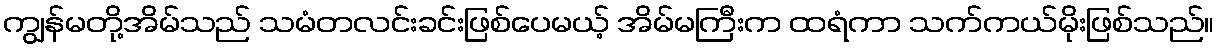
ကျွန်မတို့အိမ်သည် သမံတလင်းခင်းဖြစ်ပေမယ့် အိမ်မကြီးက ထရံကာ သက်ကယ်မိုးဖြစ်သည်။